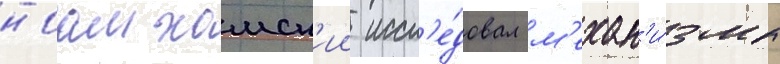
ноам хомск'ии иссл'е́довал м'ехан'и́змы